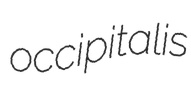
occipitalis